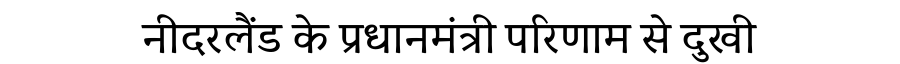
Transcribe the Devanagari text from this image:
नीदरलैंड के प्रधानमंत्री परिणाम से दुखी